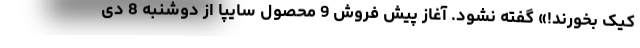
کیک بخورند!» گفته نشود. آغاز پیش فروش 9 محصول سایپا از دوشنبه 8 دی